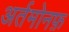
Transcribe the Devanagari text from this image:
अर्तमोनफ़